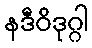
နဒီဝိဒုဂ္ဂါ